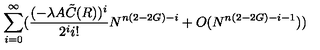
\sum _ { i = 0 } ^ { \infty } ( \frac { ( - \lambda A { \tilde { C } } ( R ) ) ^ { i } } { 2 ^ { i } i ! } N ^ { n ( 2 - 2 G ) - i } + O ( N ^ { n ( 2 - 2 G ) - i - 1 } ) )